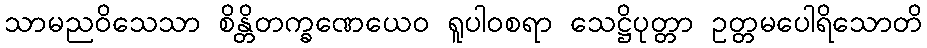
သာမညဝိသေသာ စိန္တိတက္ခဏေယေဝ ရူပါဝစရာ သေဋ္ဌိပုတ္တာ ဥတ္တမပေါရိသောတိ